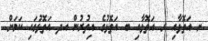
ށ އަތޮޅާއި ރ އަތޮޅާއި ބ އަތޮޅުގެ އިތުރުން އދ އަތޮޅުގައި ކަމަށް